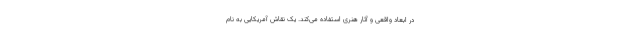
در ابعاد واقعی و آثار هنری استفاده می‌کند. یک نقاش آمریکایی به نام